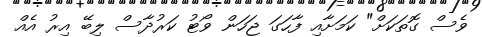
ވެސް ގޮތަކަށް" ކަމަށާއި ފާހަގަ ޖަހަން ވޯޓު ކަރުދާސް ލިބޭ އިރު އެއް